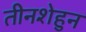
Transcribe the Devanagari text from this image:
तीनशेहुन